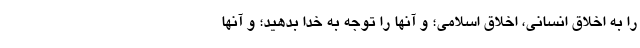
را به اخلاق انسانی، اخلاق اسلامی؛ و آنها را توجه به خدا بدهید؛ و آنها